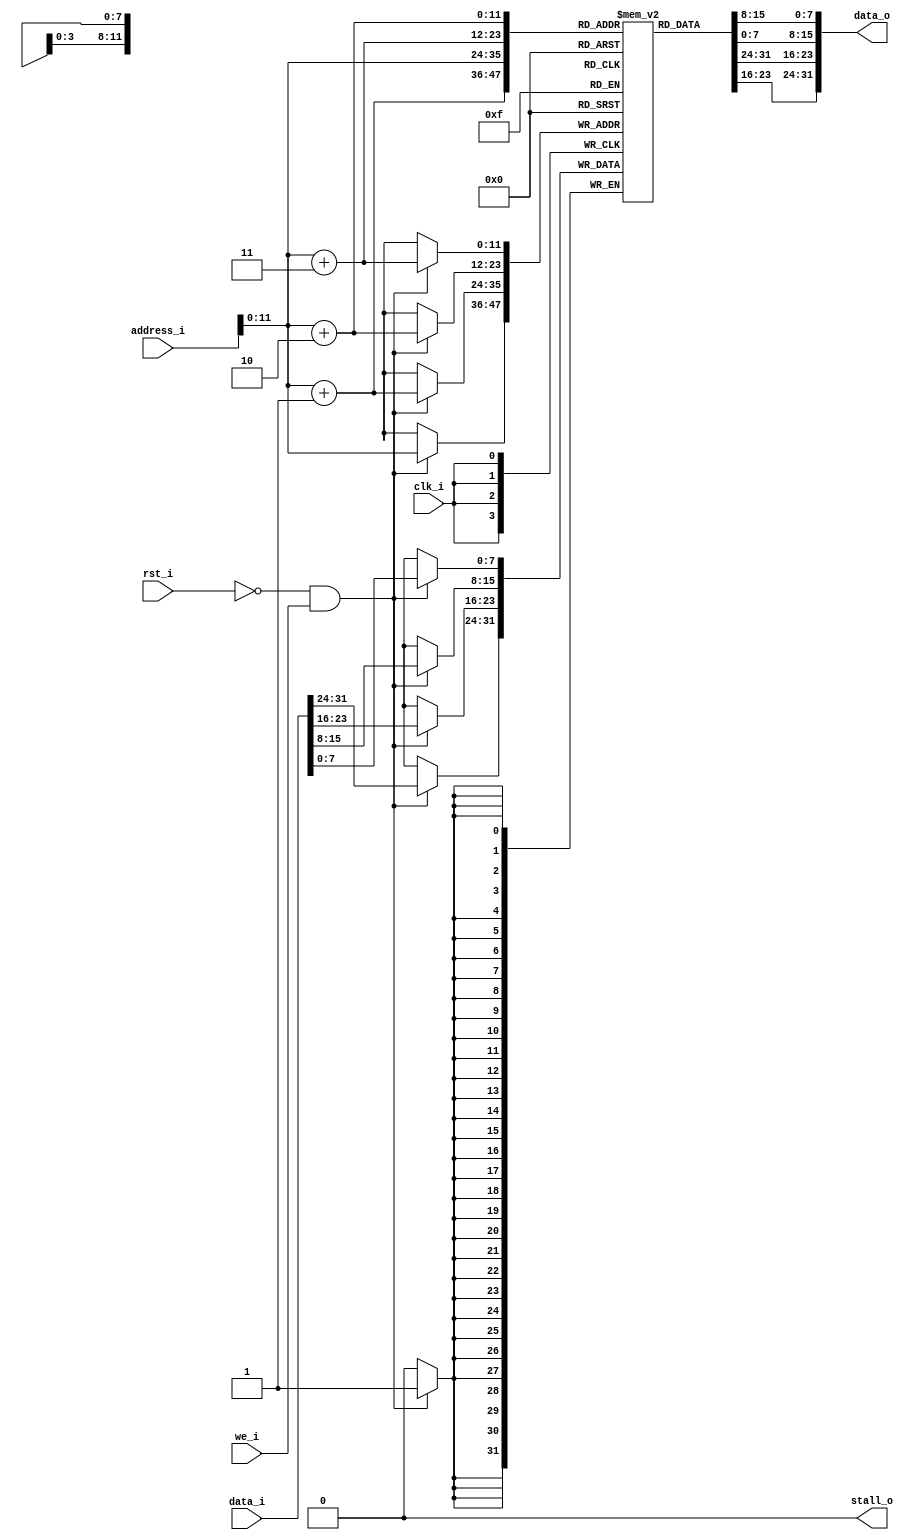
// dcache.v - Data cache for the moxie core
//
// Copyright (c) 2011, 2017  Anthony Green.  All Rights Reserved.
// DO NOT ALTER OR REMOVE COPYRIGHT NOTICES.
// 
// The above named program is free software; you can redistribute it
// and/or modify it under the terms of the GNU General Public License
// version 2 as published by the Free Software Foundation.
// 
// The above named program is distributed in the hope that it will be
// useful, but WITHOUT ANY WARRANTY; without even the implied warranty
// of MERCHANTABILITY or FITNESS FOR A PARTICULAR PURPOSE.  See the
// GNU General Public License for more details.
// 
// You should have received a copy of the GNU General Public License
// along with this work; if not, write to the Free Software
// Foundation, Inc., 51 Franklin St, Fifth Floor, Boston, MA
// 02110-1301, USA.

module dcache (/*AUTOARG*/
  // Outputs
  data_o, stall_o,
  // Inputs
  rst_i, clk_i, address_i, data_i, we_i
  );

  // --- Clock and Reset ------------------------------------------
  input  rst_i, clk_i;
  
  // --- Memory request interface ---------------------------------
  input  [31:0] address_i;
  output [31:0] data_o;
  input  [31:0] data_i;
  input [0:0] 	we_i;
  output [0:0] 	stall_o;

  // This is a place holder data cache module with 4k of fake memory.
  reg  [7:0] ram[0:4095];
  wire [11:0] index;
  assign index = address_i[11:0];

  // Read data 
  assign data_o = {ram[index],ram[index+1],ram[index+2],ram[index+3]};
  assign stall_o = 0;

  // Write data
  always @(posedge clk_i) begin
    if (!rst_i & we_i)
      {ram[index],ram[index+1],ram[index+2],ram[index+3]} <= data_i;
  end

endmodule